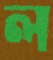
ল